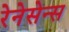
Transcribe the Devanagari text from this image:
रेनेसेन्स